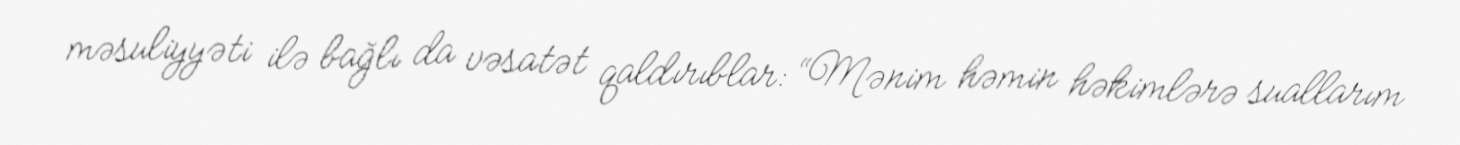
məsuliyyəti ilə bağlı da vəsatət qaldırıblar: “Mənim həmin həkimlərə suallarım